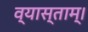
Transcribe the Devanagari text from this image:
व्यास्ताम्।